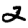
Digit: 2